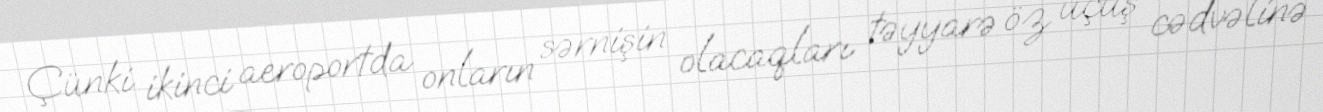
Çünki ikinci aeroportda onların sərnişin olacaqları təyyarə öz uçuş cədvəlinə